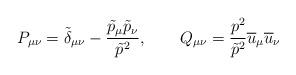
LaTeX: \begin{align*}P_{\mu\nu} = \tilde{\delta}_{\mu\nu} -\frac{\tilde{p}_{\mu}\tilde{p}_{\nu}}{\tilde{p}^{2}},\qquad Q_{\mu\nu}=\frac{p^{2}}{\tilde{p}^{2}}\overline{u}_{\mu}\overline{u}_{\nu}\end{align*}